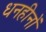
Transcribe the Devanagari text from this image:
धनहीनों